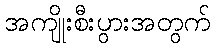
အကျိုးစီးပွားအတွက်